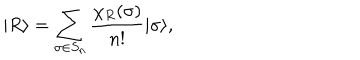
LaTeX: | R \rangle = \sum _ { \sigma \in S _ { n } } \frac { \chi _ { R } ( \sigma ) } { n ! } | \sigma \rangle ,